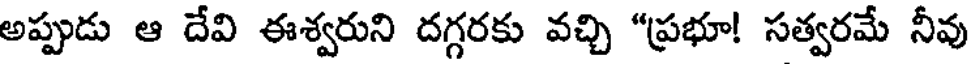
అప్పుడు ఆ దేవి ఈశ్వరుని దగ్గరకు వచ్చి "ప్రభూ! సత్వరమే నీవు